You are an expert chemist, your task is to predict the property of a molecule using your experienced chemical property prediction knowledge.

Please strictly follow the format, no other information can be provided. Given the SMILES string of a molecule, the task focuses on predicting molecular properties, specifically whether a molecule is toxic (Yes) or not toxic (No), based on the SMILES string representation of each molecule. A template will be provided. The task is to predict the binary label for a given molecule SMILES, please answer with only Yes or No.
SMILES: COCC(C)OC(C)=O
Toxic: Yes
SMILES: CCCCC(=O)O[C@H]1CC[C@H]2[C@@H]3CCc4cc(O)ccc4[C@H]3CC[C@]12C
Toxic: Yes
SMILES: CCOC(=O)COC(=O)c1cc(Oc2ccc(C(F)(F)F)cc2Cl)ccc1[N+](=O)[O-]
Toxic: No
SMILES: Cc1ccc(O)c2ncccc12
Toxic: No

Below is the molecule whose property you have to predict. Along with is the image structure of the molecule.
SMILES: C=CC(=O)OCCCCCCOC(=O)C=C
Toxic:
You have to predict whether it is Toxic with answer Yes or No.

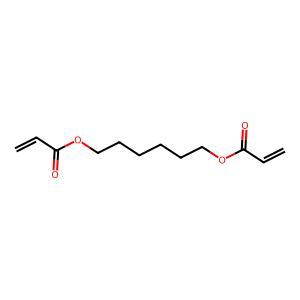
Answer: No